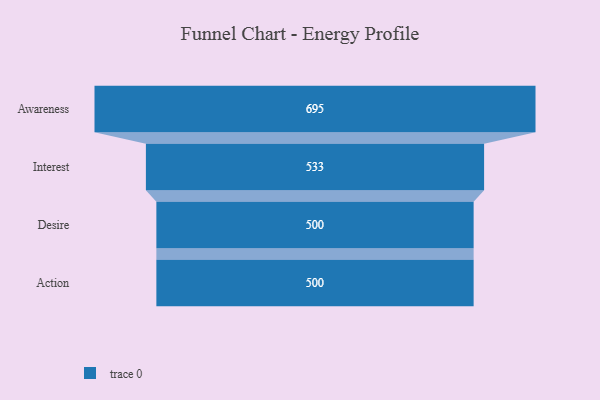
{"axis": {"x": "Stage", "y": "Value"}, "legend": [""], "data": [{"x": "Awareness", "y": 695.0, "type": ""}, {"x": "Interest", "y": 533.0, "type": ""}, {"x": "Desire", "y": 500, "type": ""}, {"x": "Action", "y": 500, "type": ""}]}